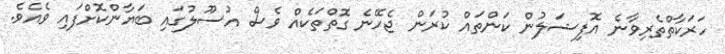
ހަރަކާތްތެރިވާނެ އޮފިޝަލުން ކަންތައް ކުރަން ޖެހޭނެ ގޮތްތަކެއް ވެސް އުސޫލުގައި ބަޔާންކޮށްފައި ވެއެވެ.